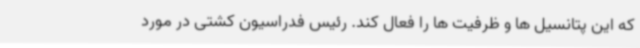
که این پتانسیل ها و ظرفیت ها را فعال کند. رئیس فدراسیون کشتی در مورد